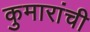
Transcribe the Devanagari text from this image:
कुमारांची